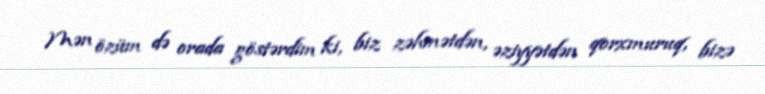
Mən özüm də orada göstərdim ki, biz zəhmətdən, əziyyətdən qorxmuruq, bizə